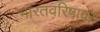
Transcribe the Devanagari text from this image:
भारतवरिषावर